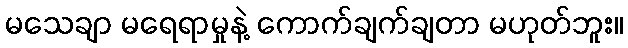
မသေချာ မရေရာမှုနဲ့ ကောက်ချက်ချတာ မဟုတ်ဘူး။